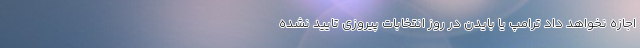
اجازه نخواهد داد ترامپ یا بایدن در روز انتخابات پیروزی تایید نشده